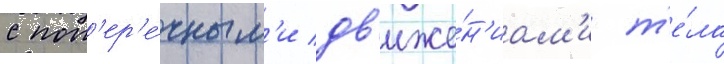
с поп'ер'е́чным'и дв'иже́н'иам'и т'е́ла